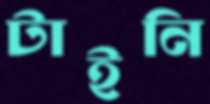
টাইনি